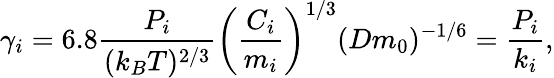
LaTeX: \gamma_{i}=6.8\frac{P_{i}}{(k_{B}T)^{2/3}}\left(\frac{C_{i}}{m_{i}}\right)^{1/3}(Dm_{0})^{-1/6}=\frac{P_{i}}{k_{i}},